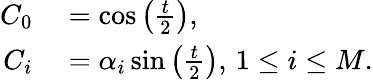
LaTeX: \begin{array}{rl}{C_{0}}&{{}=\cos\left(\frac{t}{2}\right),}\\ {C_{i}}&{{}=\alpha_{i}\sin\left(\frac{t}{2}\right),\, 1\le i\le M.}\end{array}